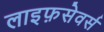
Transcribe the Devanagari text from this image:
लाइफ़सेवर्स